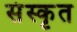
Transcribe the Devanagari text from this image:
संंस्कृृत